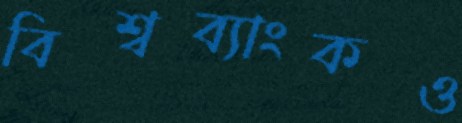
বিশ্বব্যাংকও